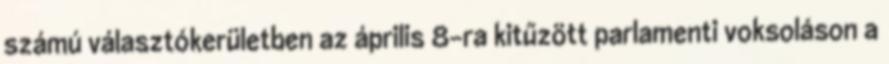
számú választókerületben az április 8-ra kitűzött parlamenti voksoláson a